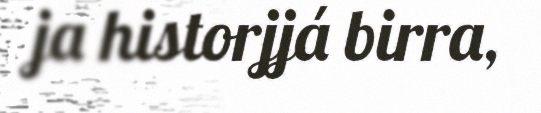
ja historjjá birra,